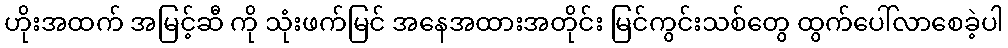
ဟိုးအထက် အမြင့်ဆီ ကို သုံးဖက်မြင် အနေအထားအတိုင်း မြင်ကွင်းသစ်တွေ ထွက်ပေါ်လာစေခဲ့ပါ